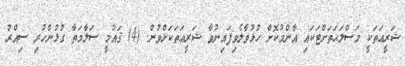
ޝަރީޢަތަކީ މަސްލަޙަތަށްޓަކައި އާންމުކޮށް ހުޅުވާލެވިފައިނުވާާ ޝަރީޢަތަކަށްވުން. (4) ޤައުމީ ސަލާމަތާ ގުޅުންހުރި ސިއްރު